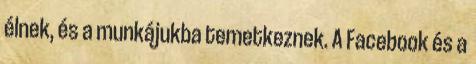
élnek, és a munkájukba temetkeznek. A Facebook és a